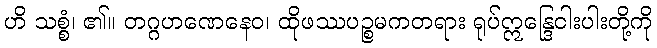
ဟိ သစ္စံ၊ ၏။ တဂ္ဂဟဏေနေဝ၊ ထိုဖဿပဉ္စမကတရား ရုပ်ဣန္ဒြေငါးပါးတို့ကို